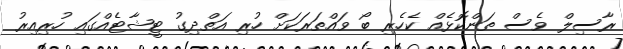
ރާސިލް ވެސް ތަންކޮޅެއް ކެހެރި ބޯ ވައްތަރަކަށް ހުރި އަތްދިގު ޓީޝާޓެއްގައި ހުރިއިރު